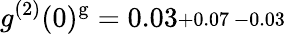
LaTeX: g^{(2)}(0)^{\mathrm{g}}=0.03\substack{+0.07\, -0.03}